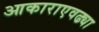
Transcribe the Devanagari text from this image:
आकाराएवढ्या